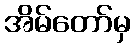
အိမ်တော်မှ